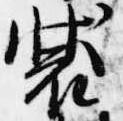
装